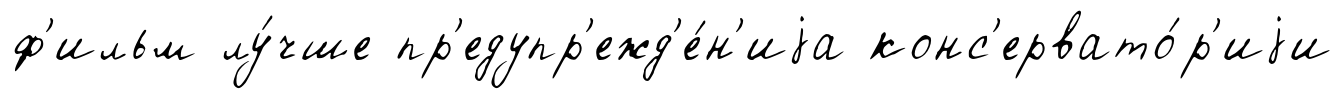
ф'ильм лу́чше пр'едупр'ежд'е́н'иjа конс'ервато́р'иjи